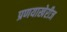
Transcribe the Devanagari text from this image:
प्रणयाखेरीज